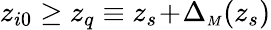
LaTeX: z_{i0}\ge z_{q}\equiv z_{s}\! +\! \Delta_{{\scriptscriptstyle M}}(z_{s})